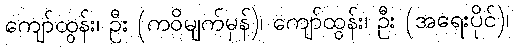
ကျော်ထွန်း၊ ဦး (ကဝိမျက်မှန်)၊ ကျော်ထွန်း၊ ဦး (အရေးပိုင်)၊